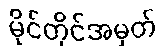
မိုင်တိုင်အမှတ်